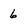
Character: 6